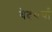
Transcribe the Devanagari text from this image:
वेदचर्चा